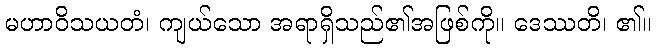
မဟာဝိသယတံ၊ ကျယ်သော အရာရှိသည်၏အဖြစ်ကို။ ဒေဿတိ၊ ၏။